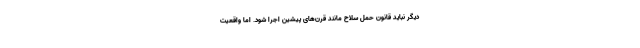
دیگر نباید قانون حمل سلاح مانند قرن‌های پیشین اجرا شود. اما واقعیت